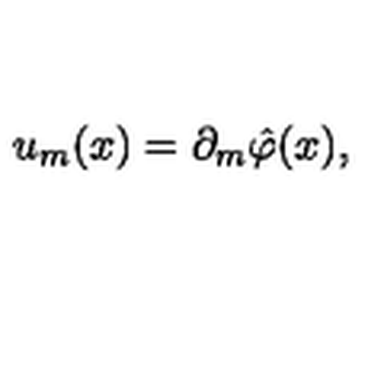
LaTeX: u _ { m } ( x ) = \partial _ { m } \hat { \varphi } ( x ) ,